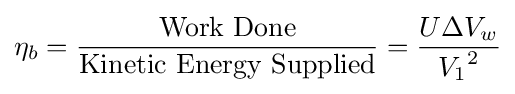
\eta _{b}={\frac {\mathrm {Work~Done} }{\mathrm {Kinetic~Energy~Supplied} }}={\frac {U\Delta V_{w}}{{V_{1}}^{2}}}